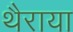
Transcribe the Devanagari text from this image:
थैराया